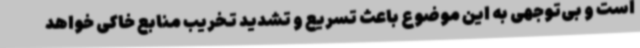
است و بی‌توجهی به این موضوع باعث تسریع و تشدید تخریب منابع خاکی خواهد